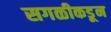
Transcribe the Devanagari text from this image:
सगळीकडून